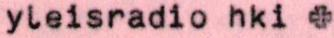
yleisradio hki +